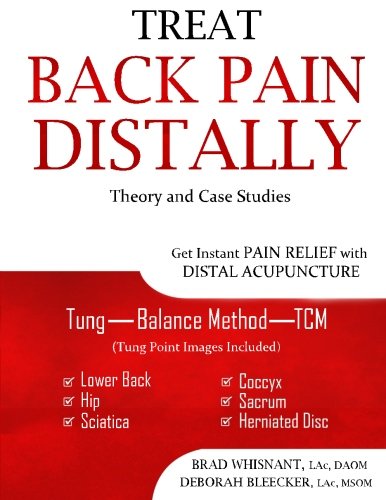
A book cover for Treat Back Pain Distally: Get Instant Pain Relief with Distal Acupuncture; Brad Whisnant; Health, Fitness & Dieting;